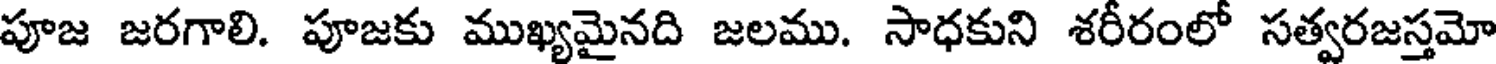
పూజ జరగాలి. పూజకు ముఖ్యమైనది జలము. సాధకుని శరీరంలో సత్వరజస్తమో